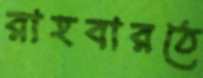
রাহবারঠে